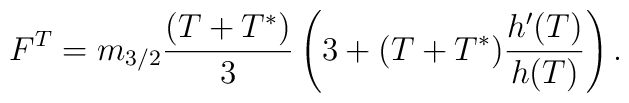
F^T = m_{3/2} \frac{(T+T^*)}{3} \left(3+ (T+T^*) \frac{h'(T)}{h(T)} \right).